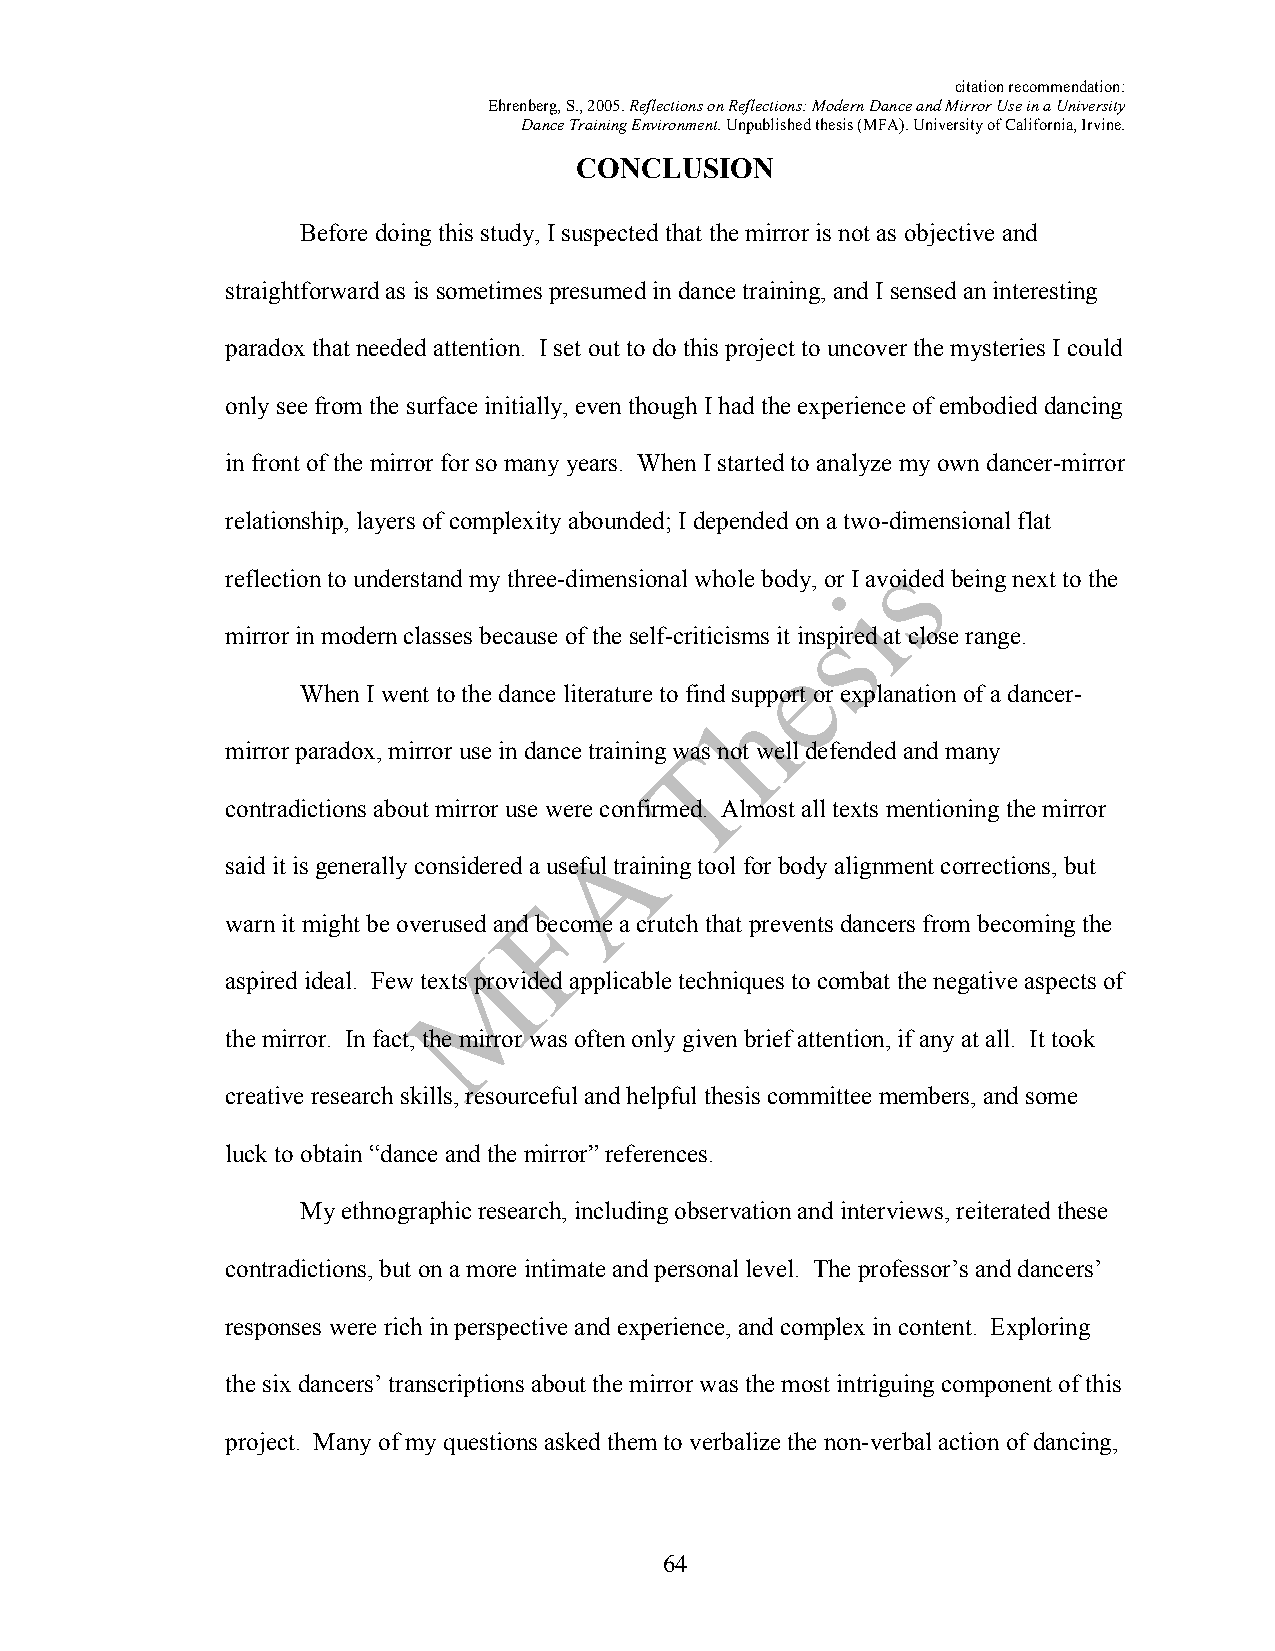
citation recommendation:
 Ehrenberg, S., 2005. Reflections on Reflections: Modern Dance and Mirror Use in a University
 Dance Training Environment. Unpublished thesis (MFA). University of California, Irvine.
 CONCLUSION
 Before doing this study, I suspected that the mirror is not as objective and
 straightforward as is sometimes presumed in dance training, and I sensed an interesting
 paradox that needed attention. I set out to do this project to uncover the mysteries I could
 only see from the surface initially, even though I had the experience of embodied dancing
 in front of the mirror for so many years. When I started to analyze my own dancer-mirror
 relationship, layers of complexity abounded; I depended on a two-dimensional flat
 reflection to understand my three-dimensional whole body, or I avoided being next to the
 mirror in modern classes because of the self-criticisms it inspired at close range.
 When I went to the dance literature to find support or explanation of a dancer-
 mirror paradox, mirror use in dance training was not well defended and many
 contradictions about mirror use were confirmed. Almost all texts mentioning the mirror
 said it is generally considered a useful training tool for body alignment corrections, but
 warn it might be overused and become a crutch that prevents dancers from becoming the
 aspired ideal. Few texts provided applicable techniques to combat the negative aspects of
 the mirror. In fact, the mirror was often only given brief attention, if any at all. It took
 creative research skills, resourceful and helpful thesis committee members, and some
 luck to obtain “dance and the mirror” references.
 My ethnographic research, including observation and interviews, reiterated these
 contradictions, but on a more intimate and personal level. The professor’s and dancers’
 responses were rich in perspective and experience, and complex in content. Exploring
 the six dancers’ transcriptions about the mirror was the most intriguing component of this
 project. Many of my questions asked them to verbalize the non-verbal action of dancing,
 64